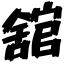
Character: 舘